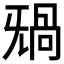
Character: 𣄸